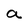
Character: a